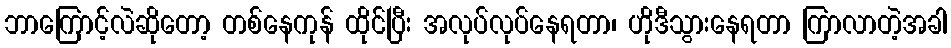
ဘာကြောင့်လဲဆိုတော့ တစ်နေကုန် ထိုင်ပြီး အလုပ်လုပ်နေရတာ၊ ဟိုဒီသွားနေရတာ ကြာလာတဲ့အခါ